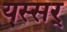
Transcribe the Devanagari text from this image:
यस्सर्